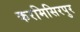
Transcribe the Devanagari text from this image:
करमिसिरपुर